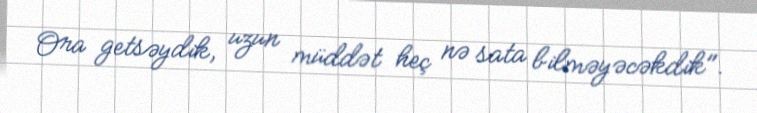
Ora getsəydik, uzun müddət heç nə sata bilməyəcəkdik".